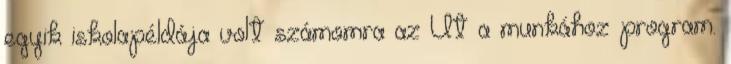
egyik iskolapéldája volt számomra az Út a munkához program.